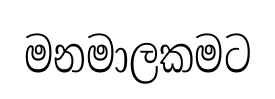
මනමාලකමට